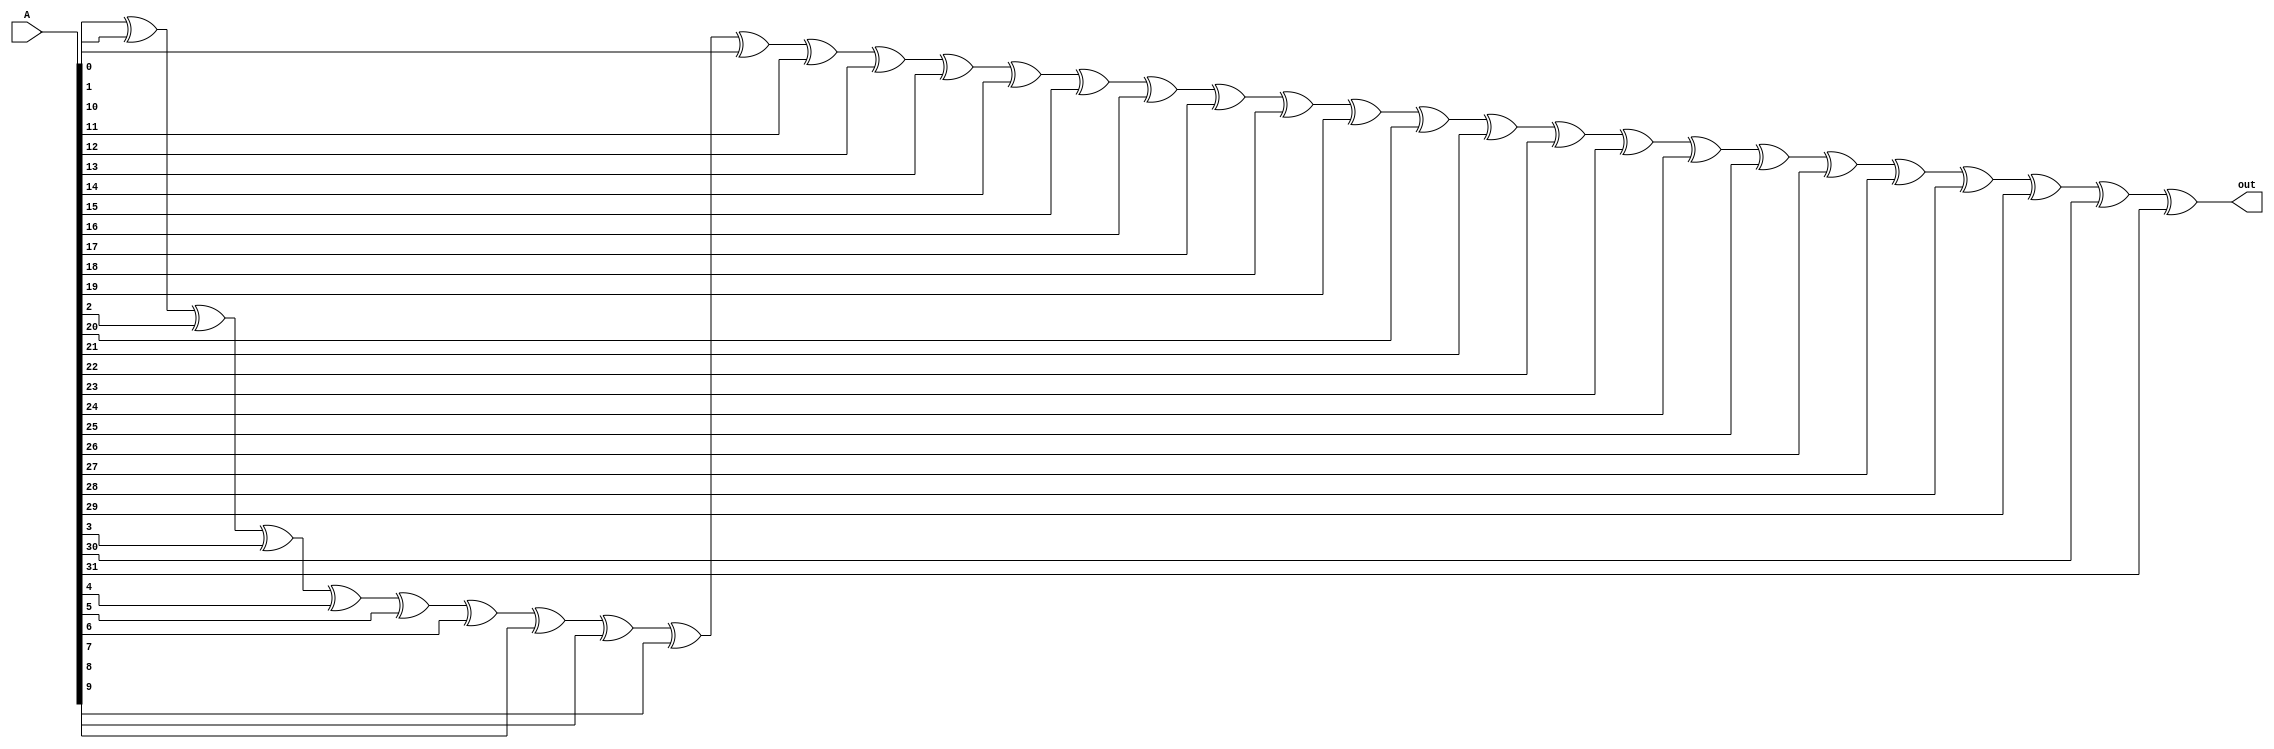
module xor_gate(out, A); 
    input [31:0] A; 
    output out; 

    xor XOR1(out, A[0], A[1], A[2], A[3], A[4], A[5], A[6], A[7] , A[8], A[9], A[10], A[11], A[12], A[13], A[14], A[15] , A[16], A[17], A[18], A[19], A[20], A[21], A[22], A[23], A[24], A[25], A[26], A[27], A[28], A[29], A[30], A[31]);
endmodule